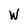
Character: W